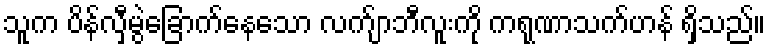
သူက ပိန်လှီမွဲခြောက်နေသော လက်ျာဘီလူးကို ကရုဏာသက်ဟန် ရှိသည်။